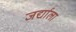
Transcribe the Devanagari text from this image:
जर्द्याला